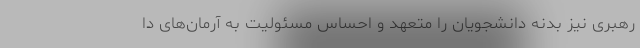
رهبری نیز بدنه دانشجویان را متعهد و احساس مسئولیت به آرمان‌های دا